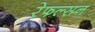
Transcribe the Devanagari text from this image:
रेफल्सन